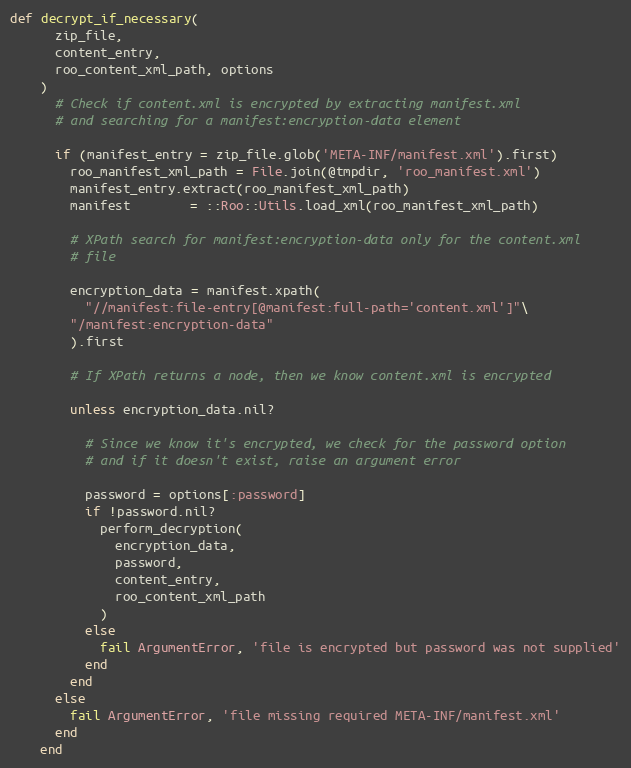
Language: Ruby
def decrypt_if_necessary(
      zip_file,
      content_entry,
      roo_content_xml_path, options
    )
      # Check if content.xml is encrypted by extracting manifest.xml
      # and searching for a manifest:encryption-data element

      if (manifest_entry = zip_file.glob('META-INF/manifest.xml').first)
        roo_manifest_xml_path = File.join(@tmpdir, 'roo_manifest.xml')
        manifest_entry.extract(roo_manifest_xml_path)
        manifest        = ::Roo::Utils.load_xml(roo_manifest_xml_path)

        # XPath search for manifest:encryption-data only for the content.xml
        # file

        encryption_data = manifest.xpath(
          "//manifest:file-entry[@manifest:full-path='content.xml']"\
        "/manifest:encryption-data"
        ).first

        # If XPath returns a node, then we know content.xml is encrypted

        unless encryption_data.nil?

          # Since we know it's encrypted, we check for the password option
          # and if it doesn't exist, raise an argument error

          password = options[:password]
          if !password.nil?
            perform_decryption(
              encryption_data,
              password,
              content_entry,
              roo_content_xml_path
            )
          else
            fail ArgumentError, 'file is encrypted but password was not supplied'
          end
        end
      else
        fail ArgumentError, 'file missing required META-INF/manifest.xml'
      end
    end